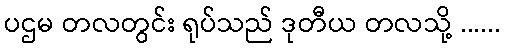
ပဌမ တလတွင်း ရုပ်သည် ဒုတီယ တလသို့ ......